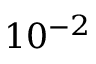
1 0 ^ { - 2 }